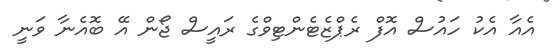
އެއާ އެކު ހައުސް އޮފް ރެޕްޒެޓެންޓިވްގެ ރައީސް ޖޯން އޭ ބޮއެނާ ވަނީ